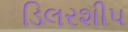
ડિલરશીપ